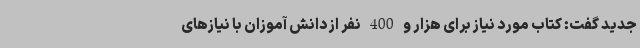
جدید گفت: کتاب مورد نیاز برای هزار و 400 نفر از دانش آموزان با نیازهای